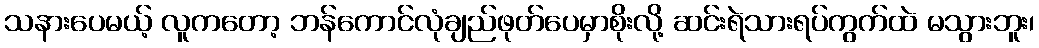
သနားပေမယ့် လူကတော့ ဘန်ကောင်လုံချည်ဖုတ်ပေမှာစိုးလို့ ဆင်းရဲသားရပ်ကွက်ထဲ မသွားဘူး၊